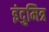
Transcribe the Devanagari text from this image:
इंदुमित्र